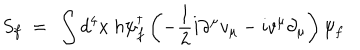
LaTeX: S _ { f } ~ = ~ \int d ^ { 4 } x ~ h \psi _ { f } ^ { \dagger } \left( - \frac { 1 } { 2 } i \partial ^ { \mu } v _ { \mu } - i v ^ { \mu } \partial _ { \mu } \right) \psi _ { f }